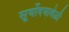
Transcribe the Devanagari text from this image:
सूर्योदयावेळी